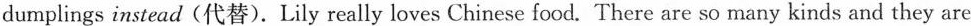
dumplings instead (代替).Lily really loves Chinese food. There are so many kinds and they are